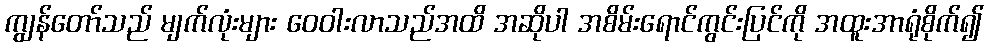
ကျွန်တော်သည် မျက်လုံးများ ဝေဝါးလာသည်အထိ အဆိုပါ အစိမ်းရောင်ကွင်းပြင်ကို အထူးအာရုံစိုက်၍